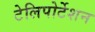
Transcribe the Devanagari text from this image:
टेलिपोर्टेशन